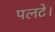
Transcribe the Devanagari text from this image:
पलटे।